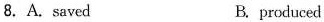
8. A. saved B. produced